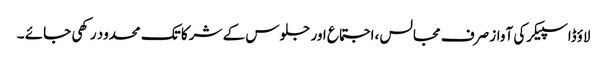
لاؤڈاسپیکرکی آواز صرف مجالس ،اجتماع اور جلوس کے شرکا تک محدود رکھی جائے ۔